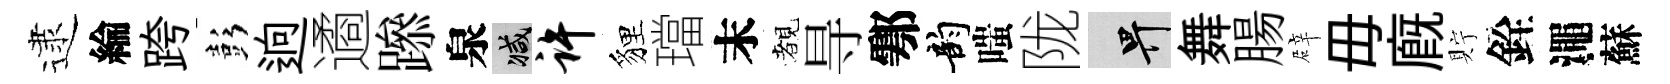
逮綸跨彭逈遹𨅶泉减许貍璫末覩㝵鄠韵嗤陇畀舞腸辟毋廐貯銓澠蘇